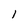
Character: 1